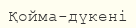
Қойма-дүкені